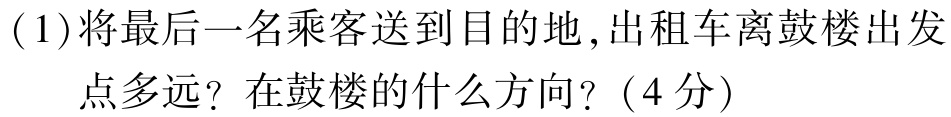
(1)将最后一名乘客送到目的地，出租车离鼓楼出发点多远？在鼓楼的什么方向？（4分）